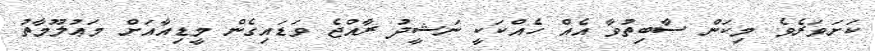
ކަށަވަރެވެ. މިކަން ސާބިތުވާ އެއް ހެއްކަކީ ނަޝީދު ރާއްޖެ ވަޑައިގެން މީޑިއާއަށް މަޢުލޫމާތު